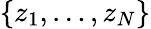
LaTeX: \{ z_{1},\dots,z_{N}\}